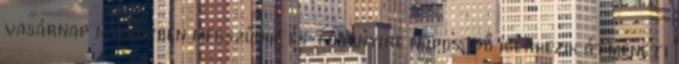
vasárnap napközben megszűnik, és többnyire napos idő ígérkezik átmeneti